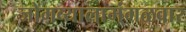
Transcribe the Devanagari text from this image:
जोगव्यालामंगळवार